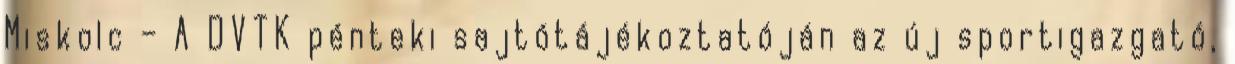
Miskolc – A DVTK pénteki sajtótájékoztatóján az új sportigazgató,